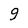
Character: 9